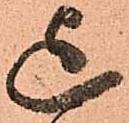
迄